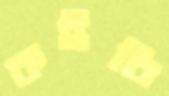
কইবি